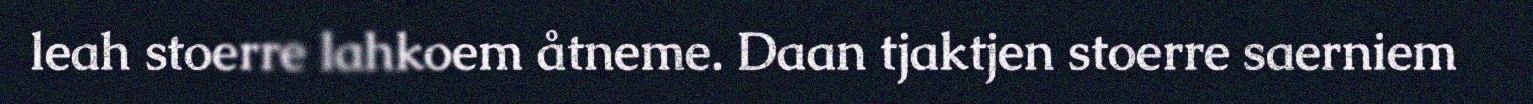
leah stoerre lahkoem åtneme. Daan tjaktjen stoerre saerniem